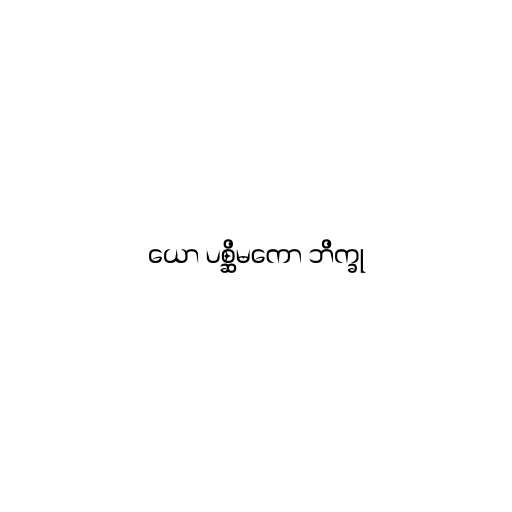
ယော ပစ္ဆိမကော ဘိက္ခု